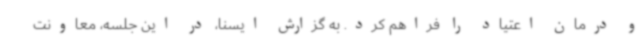
و درمان اعتیاد را فراهم کرد. به گزارش ایسنا، در این جلسه، معاونت